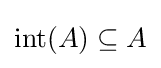
\operatorname {int} (A)\subseteq A